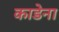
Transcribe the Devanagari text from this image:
काडेना